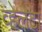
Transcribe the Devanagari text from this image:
व्हेलेटा